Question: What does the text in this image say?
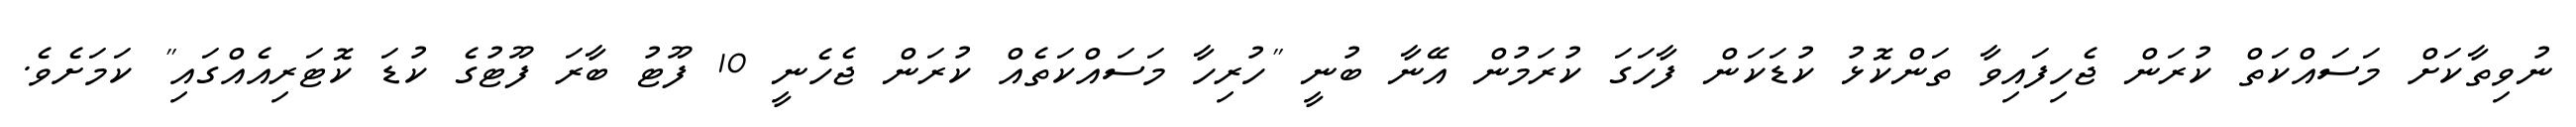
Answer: ނުވިތާކަށް މަސައްކަތް ކުރަން ޖެހިފައިވާ ތަންކޮޅު ކުޑަކަން ފާހަގަ ކުރަމުން އޭނާ ބުނީ "ހުރިހާ މަސައްކަތެއް ކުރަން ޖެހެނީ 10 ފޫޓު ބާރަ ފޫޓުގެ ކުޑަ ކޮޓަރިއެއްގައި" ކަމަށެވެ.